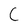
Character: C